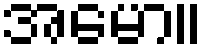
အမော။